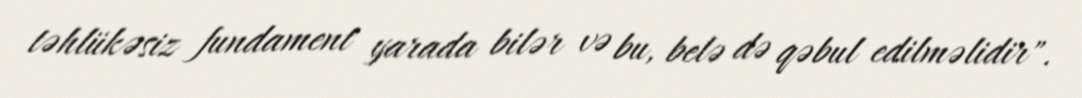
təhlükəsiz fundament yarada bilər və bu, belə də qəbul edilməlidir".